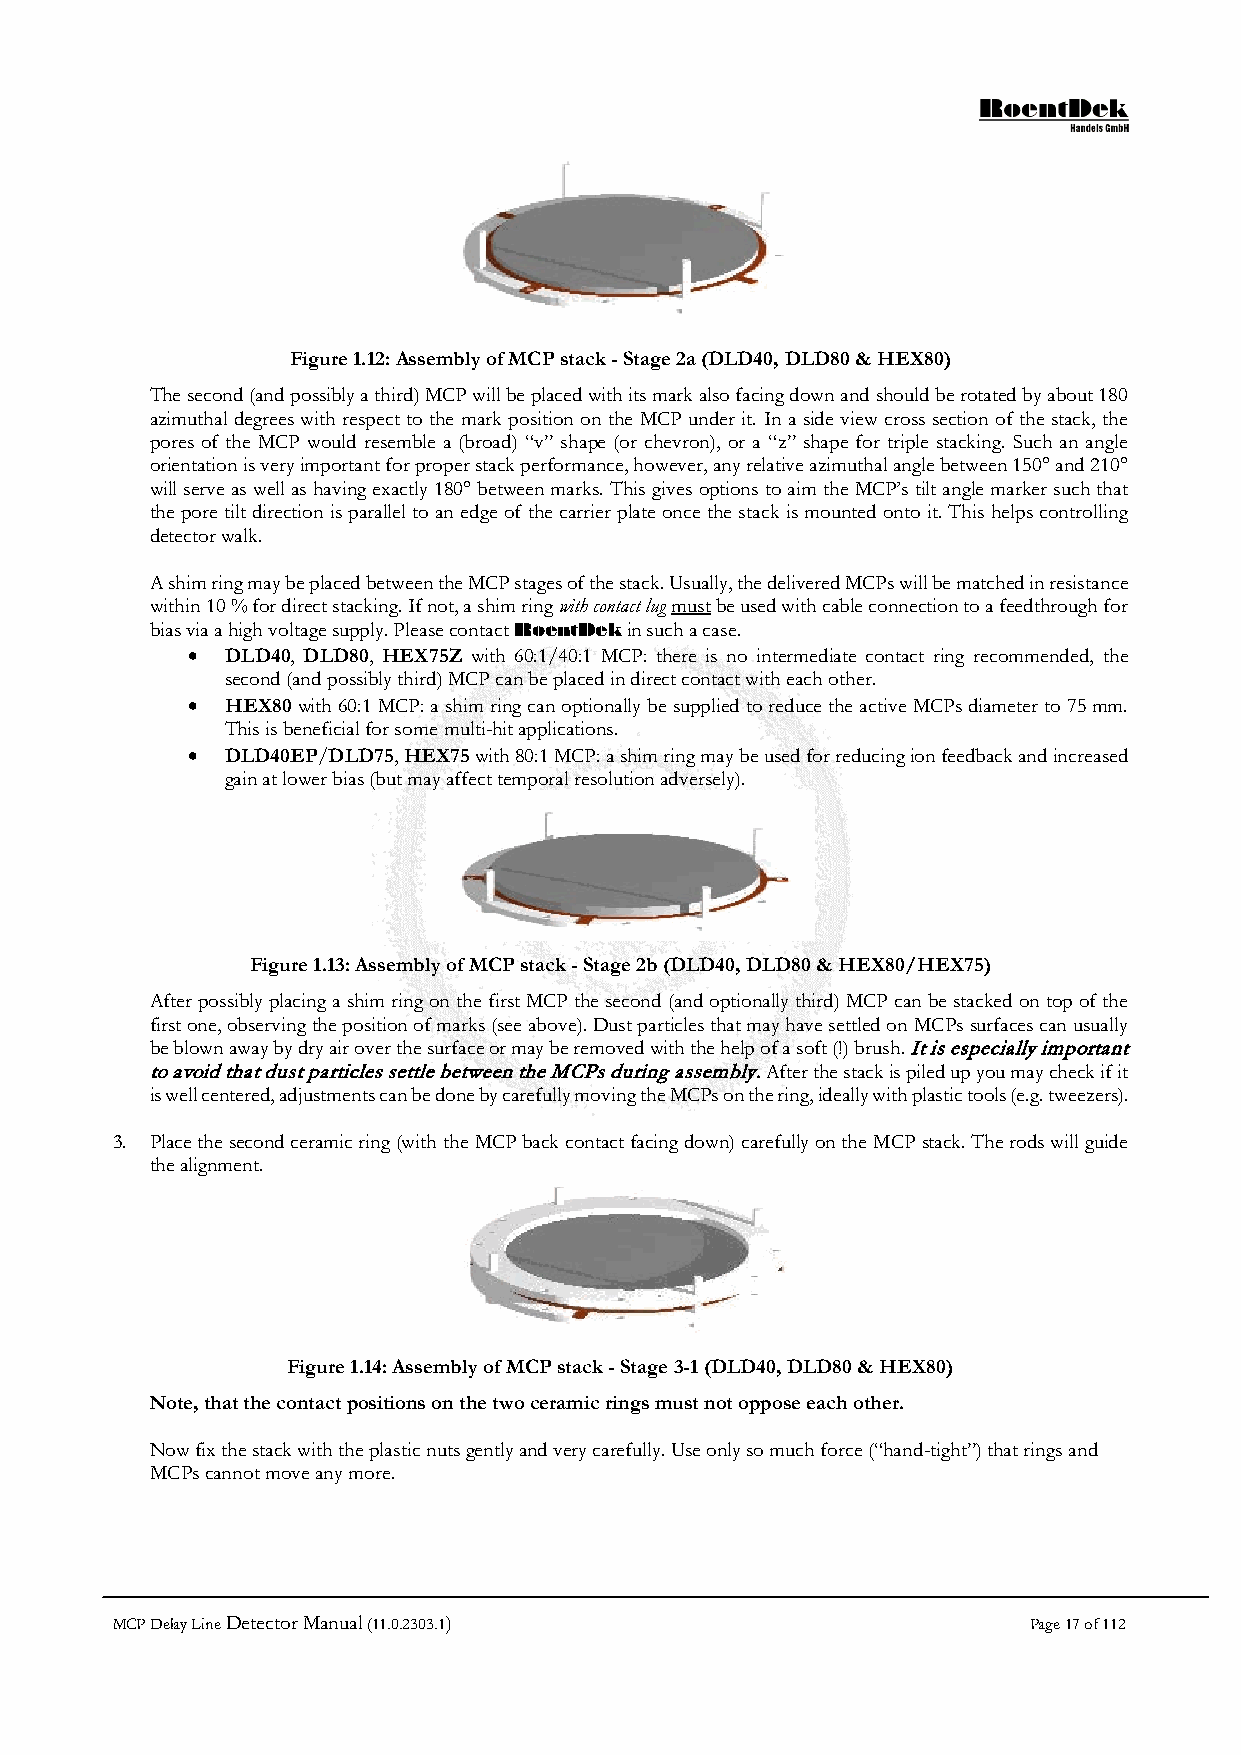
Figure 1.12: Assembly of MCP stack - Stage 2a (DLD40, DLD80 & HEX80)
 The second (and possibly a third) MCP will be placed with its mark also facing down and should be rotated by about 180
 azimuthal degrees with respect to the mark position on the MCP under it. In a side view cross section of the stack, the
 pores of the MCP would resemble a (broad) “v” shape (or chevron), or a “z” shape for triple stacking. Such an angle
 orientation is very important for proper stack performance, however, any relative azimuthal angle between 150° and 210°
 will serve as well as having exactly 180° between marks. This gives options to aim the MCP’s tilt angle marker such that
 the pore tilt direction is parallel to an edge of the carrier plate once the stack is mounted onto it. This helps controlling
 detector walk.
 A shim ring may be placed between the MCP stages of the stack. Usually, the delivered MCPs will be matched in resistance
 within 10 % for direct stacking. If not, a shim ring with contact lug must be used with cable connection to a feedthrough for
 bias via a high voltage supply. Please contact RoentDek in such a case.
 •  DLD40, DLD80, HEX75Z with 60:1/40:1 MCP: there is no intermediate contact ring recommended, the
 second (and possibly third) MCP can be placed in direct contact with each other.
 •  HEX80 with 60:1 MCP: a shim ring can optionally be supplied to reduce the active MCPs diameter to 75 mm.
 This is beneficial for some multi-hit applications.
 •  DLD40EP/DLD75, HEX75 with 80:1 MCP: a shim ring may be used for reducing ion feedback and increased
 gain at lower bias (but may affect temporal resolution adversely).
 Figure 1.13: Assembly of MCP stack - Stage 2b (DLD40, DLD80 & HEX80/HEX75)
 After possibly placing a shim ring on the first MCP the second (and optionally third) MCP can be stacked on top of the
 first one, observing the position of marks (see above). Dust particles that may have settled on MCPs surfaces can usually
 be blown away by dry air over the surface or may be removed with the help of a soft (!) brush. It is especially important
 to avoid that dust particles settle between the MCPs during assembly. After the stack is piled up you may check if it
 is well centered, adjustments can be done by carefully moving the MCPs on the ring, ideally with plastic tools (e.g. tweezers).
 3. Place the second ceramic ring (with the MCP back contact facing down) carefully on the MCP stack. The rods will guide
 the alignment.
 Figure 1.14: Assembly of MCP stack - Stage 3-1 (DLD40, DLD80 & HEX80)
 Note, that the contact positions on the two ceramic rings must not oppose each other.
 Now fix the stack with the plastic nuts gently and very carefully. Use only so much force (“hand-tight”) that rings and
 MCPs cannot move any more.
 MCP Delay Line Detector Manual (11.0.2303.1)                 Page 17 of 112